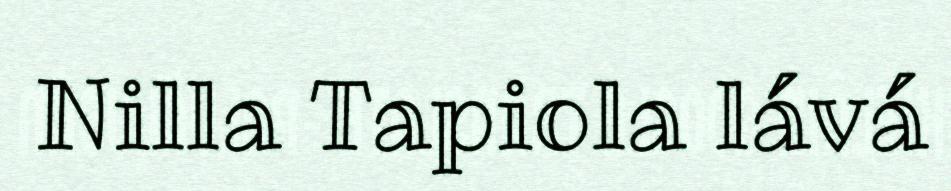
Nilla Tapiola lává